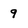
Character: 9